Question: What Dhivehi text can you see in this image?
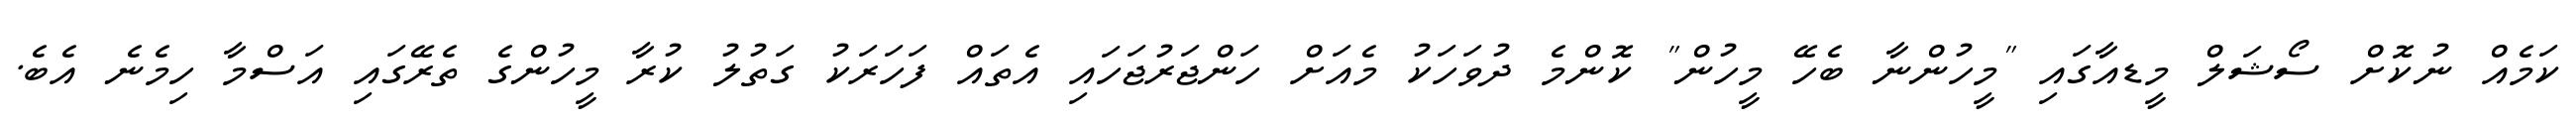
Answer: ކަމެއް ނުކޮށް ސޯޝަލް މީޑއާގައި "މީހުންނާ ބެހޭ މީހުން" ކޮންމެ ދުވަހަކު މެއަށް ހަންޖަރުޖަހައި އެތައް ފަހަރަކު ގަތުލު ކުރާ މީހުންގެ ތެރޭގައި އަސްމާ ހިމެނެ އެބެ.